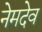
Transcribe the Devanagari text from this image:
नेमदेव